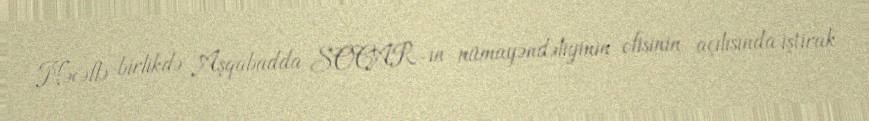
Nəcəflə birlikdə Aşqabadda SOCAR-ın nümayəndəliyinin ofisinin açılışında iştirak